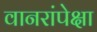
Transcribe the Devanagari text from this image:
वानरांपेक्षा